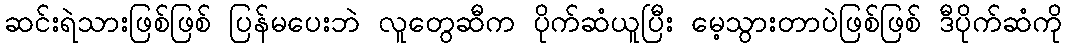
ဆင်းရဲသားဖြစ်ဖြစ် ပြန်မပေးဘဲ လူတွေဆီက ပိုက်ဆံယူပြီး မေ့သွားတာပဲဖြစ်ဖြစ် ဒီပိုက်ဆံကို